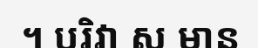
។ បរិវា ស មាន